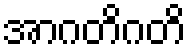
အာဂတိဂတိ